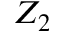
Z _ { 2 }